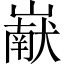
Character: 𰎹